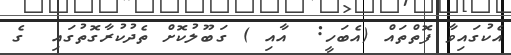
އެކުގައިވާ ފޮތްތައް (އެބަހީ:  އާއި ) ގަބޫލުކޮށް ތެދުކުރާގޮތުގައި  ގެ